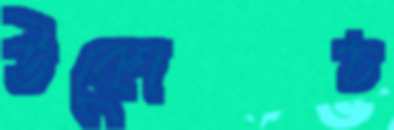
উকোচ